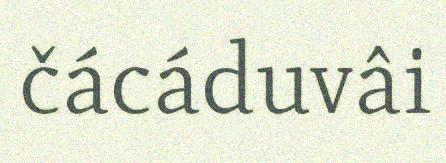
čácáduvâi